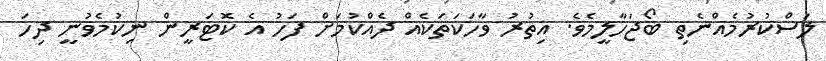
ލަސްކުރުމެއްނެތި ބޯޖަހާލީމެވެ. އިތުރު ވާހަކަތަކެއް ދެއްކުމަށް ފަހު އެ ކޮޓަރީން ނިކުމެވުނީ ދިހަ